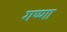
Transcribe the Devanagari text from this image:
गण्गा